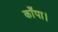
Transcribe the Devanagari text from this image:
काँपा।